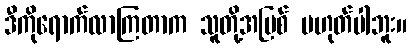
ဒီကိုရောက်လာကြတာက သူတို့အပြစ် မဟုတ်ပါဘူး။